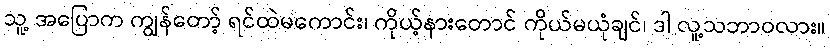
သူ့ အပြောက ကျွန်တော့် ရင်ထဲမကောင်း၊ ကိုယ့်နားတောင် ကိုယ်မယုံချင်၊ ဒါ လူ့သဘာဝလား။